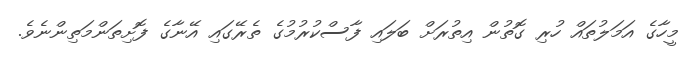
މީހާގެ އަމަލުތައް ހުރި ގޮތުން އިތުރަށް ބަލައި ފާސްކުރުމުގެ ތެރޭގައި އޭނާގެ ފޮށިތަންމަތިންނެވެ.